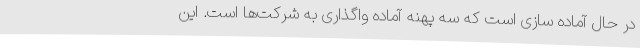
در حال آماده سازی است که سه پهنه آماده واگذاری به شرکت‌ها است. این